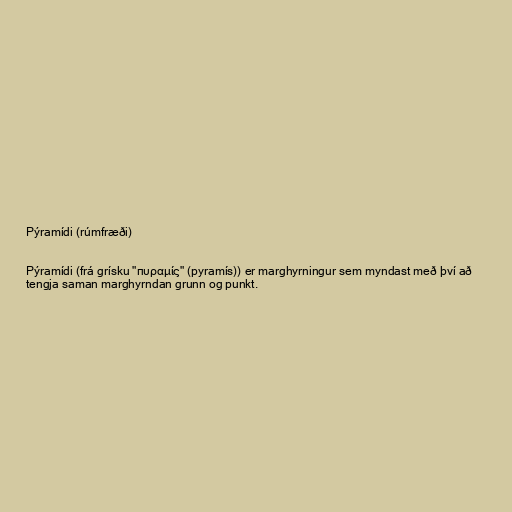
Pýramídi (rúmfræði)

Pýramídi (frá grísku "πυραμίς" (pyramís)) er marghyrningur sem myndast með því að
tengja saman marghyrndan grunn og punkt.